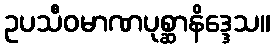
ဥပသီဝမာဏပုစ္ဆာနိဒ္ဒေသ။